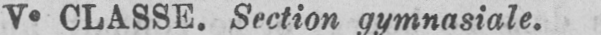
Ve CLASSE. Section gymnasiale.